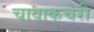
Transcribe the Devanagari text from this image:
चावाकचेरी